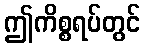
ဤကိစ္စရပ်တွင်